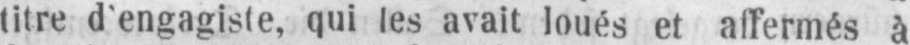
titre d’engagiste, qui les avait loués et affermés à